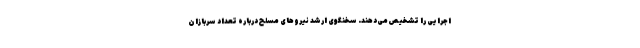
اجرایی را تشخیص می‌دهند. سخنگوی ارشد نیروهای مسلح درباره تعداد سربازان